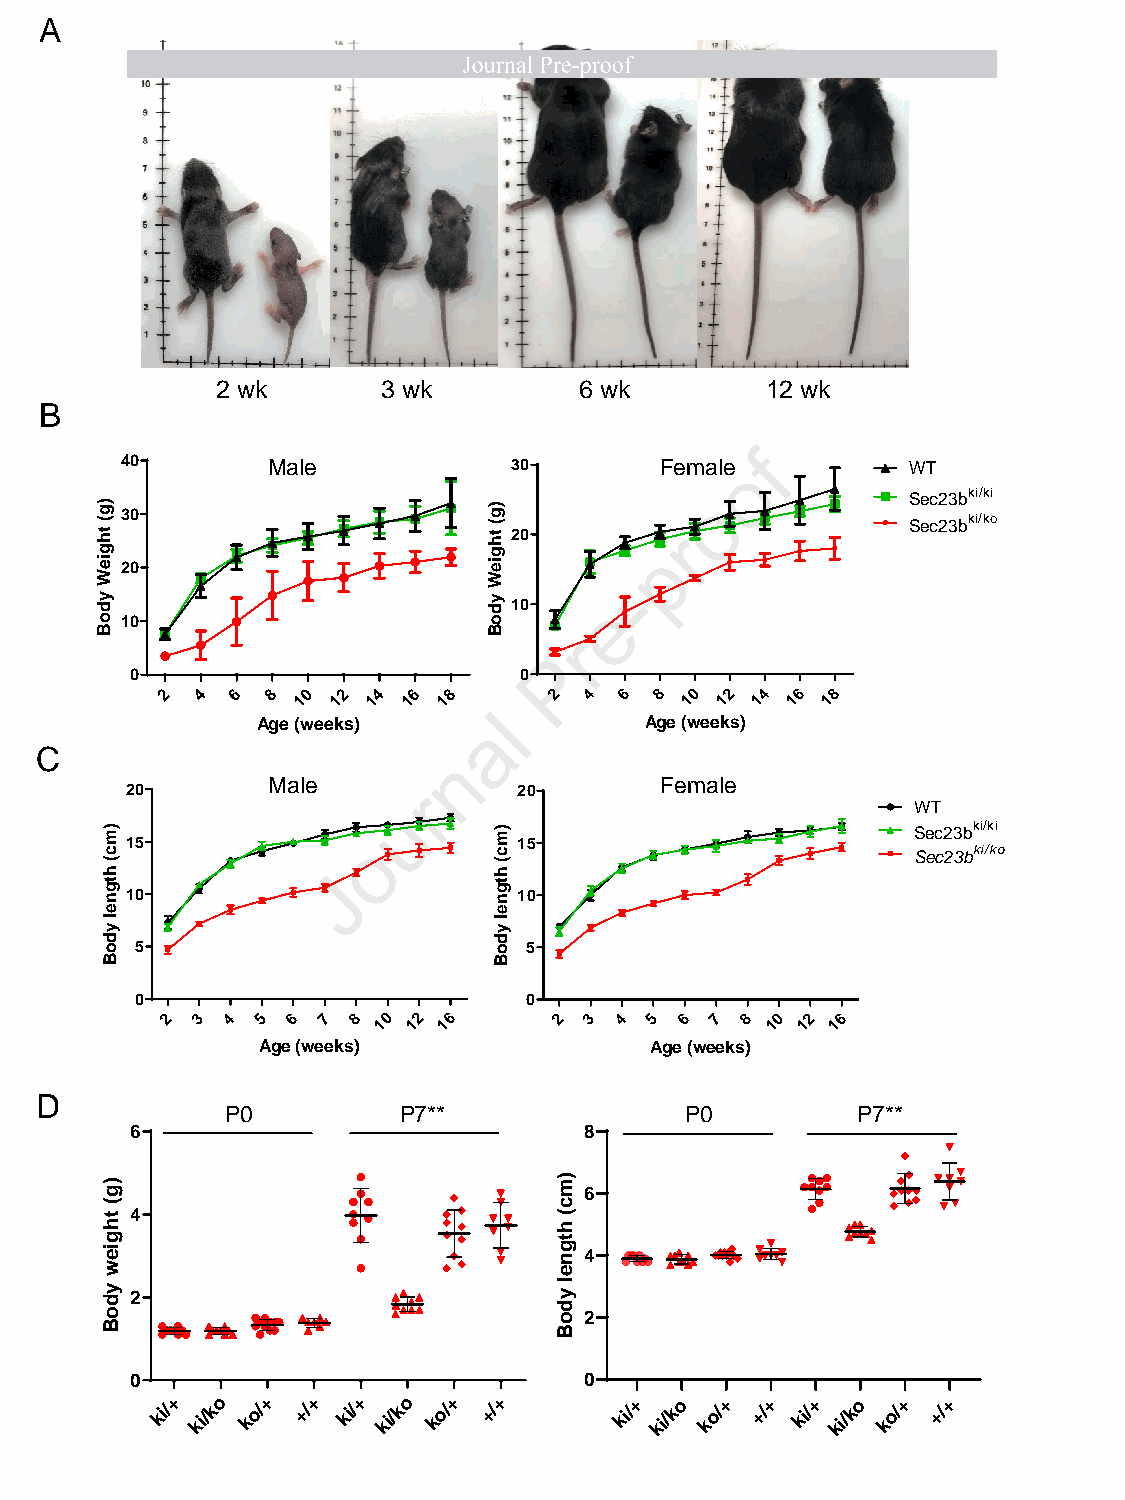
A
 2 wk       3 wk         6 wk         12 wk
 B
 f
 40        Male            30        Femaleo         WT
 o
 Sec23bki/ki
 30                                                  Sec23bki/ko
 20         r
 p
 20
 -
 10    e
 10
 r
 P
 0                        0
 2 4  6 8 10 12 14 16 18   2 4 6  8 10 12 14 16 18
 l
 Age (weeks)    a          Age (weeks)
 C
 n
 Male                      Female
 20                  r     20
 WT
 u
 Sec23bki/ki
 15              o         15                         Sec23bki/ko
 J
 10                        10
 5                         5
 0                         0
 2 3 4 5 6 7 8 10 12 16    2 3 4 5 6 7 8 10 12 16
 Age (weeks)               Age (weeks)
 D
 P0         P7**               P0          P7**
 6                             8
 6
 4
 4
 2
 2
 0                             0
 ki/+ ki/ko ko/+ +/+ ki/+ ki/ko ko/+ +/+ ki/+ ki/ko ko/+ +/+ ki/+ ki/ko ko/+ +/+
 )g(
 thgieW
 ydoB
 )mc(
 htgnel
 ydoB
 )g(
 thgiew
 ydoB
 )g(
 thgieW
 ydoB
 )mc(
 htgnel
 ydoB
 )mc(
 htgnel
 ydoB